Problem: 45 + 3 = ?
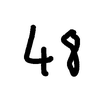
Handwritten answer: 48